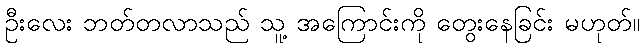
ဦးလေး ဘတ်တလာသည် သူ့ အကြောင်းကို တွေးနေခြင်း မဟုတ်။